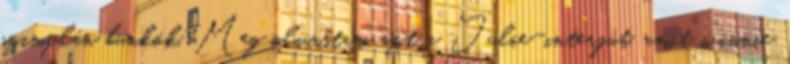
szimplán bunkók. Meg olvastam azt a Julie-interjút, amit winnie